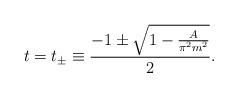
LaTeX: \begin{align*}t=t_{\pm}\equiv \frac{-1\pm \sqrt{1-\frac{A}{\pi^2 m^2}}}{2}.\end{align*}